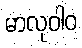
မာလုဝါဝ